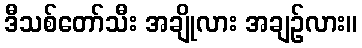
ဒီသစ်တော်သီး အချိုလား အချဉ်လား။